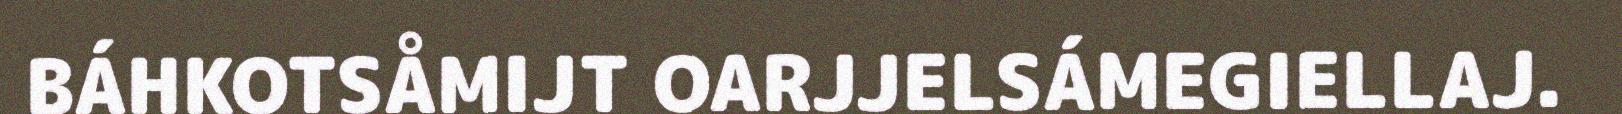
BÁHKOTSÅMIJT OARJJELSÁMEGIELLAJ.